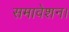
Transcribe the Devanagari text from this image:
समावेशन।